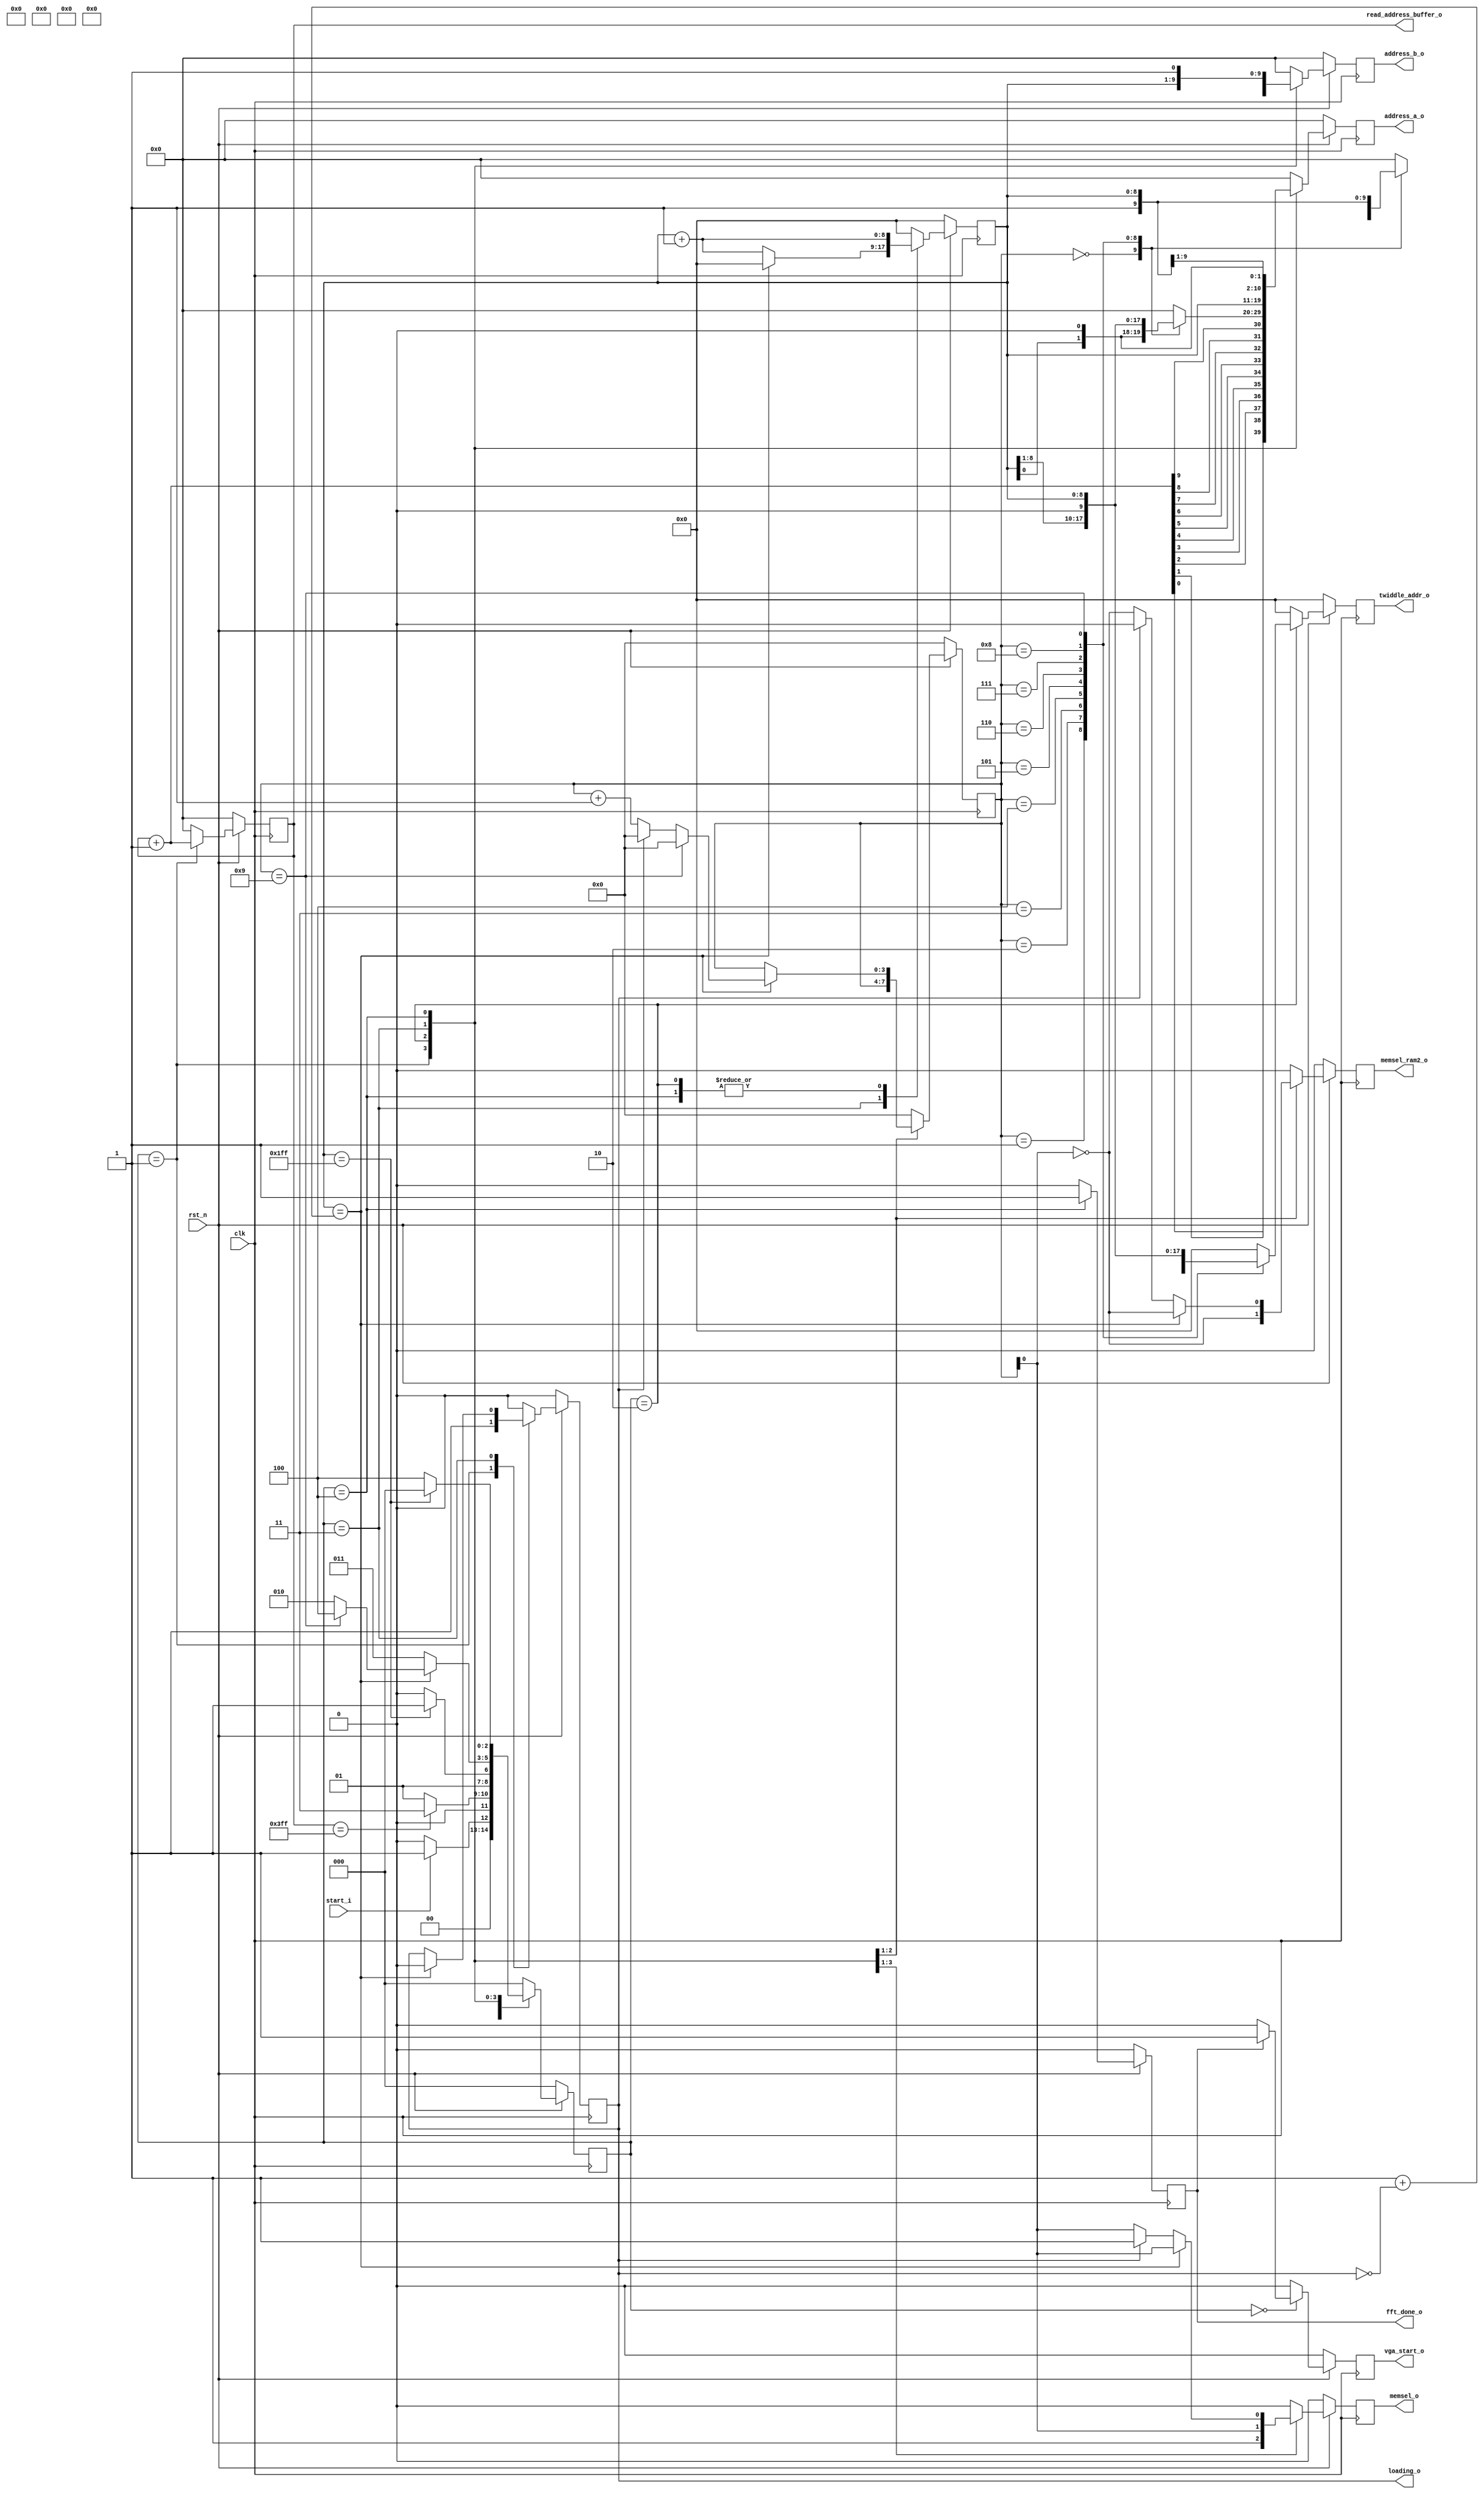
module addr_gen_unit(
    clk,
    rst_n,
	 start_i,
	 //enable,
    address_a_o,
    address_b_o,
	 memsel_o,
	 twiddle_addr_o,
	 read_address_buffer_o,
	 loading_o,
	 fft_done_o,
	 vga_start_o,
	 memsel_ram2_o // necessario per non avere violazioni di setup
);

// Definizioni degli stati
localparam s0 = 3'b000, LOAD = 3'b001, ADDRESS_GENERATION = 3'b010, WAIT = 3'b011, FFT_OUT = 3'b100;


//Ports definition
//input enable;
input clk;
input rst_n;
input start_i;
output reg memsel_o = 1'b0;
output reg loading_o = 1'b0;
output reg [8:0]twiddle_addr_o = 9'b0;
output reg [9:0]address_a_o = 10'b0;
output reg [9:0]address_b_o = 10'b1;
output reg [9:0]read_address_buffer_o = 10'b0;
output reg fft_done_o = 1'b0;
output reg vga_start_o = 1'b0;
output reg memsel_ram2_o = 1'b0;


//Private wires


//Private regs
reg [9:0]read_address_buffer_reg;
reg [9:0]address_a_reg;
reg [9:0]address_b_reg;
reg [8:0]twiddle_addr_reg = 9'b0;
reg loading_reg;
reg memsel_reg;
reg [2:0] sreg = s0;
reg [2:0] snext;
reg [8:0] jnext;
reg [3:0] inext;
reg [8:0] j = 9'b0;
reg [3:0] i = 4'b0;
reg fft_done_reg = 1'b0;
reg vga_start_reg = 1'b0;
reg memsel_ram2_reg = 1'b0;


//Private assignments


// Aggiornamento stato e contatori
always @(posedge clk) 
begin
	if(!rst_n) begin
		sreg <= s0;
		i <= 4'b0;
		j <= 9'b0;
	end else begin
		sreg <= snext;
		j <= jnext;
		i <= inext;
	end			
end


// Aggiornamento delle uscite
always @(posedge clk) 
begin
	if(!rst_n) begin
		address_a_o <= 10'b0;
		address_b_o <= 10'b0;
		read_address_buffer_o <= 10'b0;
		twiddle_addr_o <= 9'b0;
		memsel_o <= 1'b0;
		memsel_ram2_o <= 1'b0;
		loading_o <= 1'b0;
		fft_done_o <= 1'b0;
		vga_start_o <= 1'b0;
	end else begin
		address_a_o <= address_a_reg;
		address_b_o <= address_b_reg;
		read_address_buffer_o <= read_address_buffer_reg;
		twiddle_addr_o <= twiddle_addr_reg;
		memsel_o <= memsel_reg;
		memsel_ram2_o <= memsel_ram2_reg;
		loading_o <= loading_reg;
		fft_done_o <= fft_done_reg;
		vga_start_o <= vga_start_reg;
	end	
end


// RC stato futuro e uscite
always @ (sreg or j or i or start_i or twiddle_addr_o or read_address_buffer_o or loading_o or fft_done_o )
begin
	address_a_reg = 10'b0;
	fft_done_reg = 1'b0;
	vga_start_reg = 1'b0;
	
	case(sreg)
	
		s0 : begin
			if(fft_done_o) vga_start_reg = 1'b1; // genera l'impulso che fa partire il blocco VGA
			address_a_reg = 10'b0;
			address_b_reg = 10'b0;
			memsel_reg = 1'b0;
			memsel_ram2_reg = 1'b0;
			twiddle_addr_reg = 9'b0;
			jnext = 9'b0;
			inext = 4'b0;
			loading_reg = 1'b0;
			read_address_buffer_reg = 10'b0;
			if(start_i) snext = LOAD;
			else snext = s0;
		end
	
		LOAD : begin
			if(read_address_buffer_o == 10'd1023) snext = WAIT;
			else snext = LOAD;
			loading_reg = 1'b1;
			read_address_buffer_reg = read_address_buffer_o + 1'b1;
			memsel_reg = 1'b1; 
			memsel_ram2_reg = 1'b0;
			//bit reversal permutation, necessaria per avere campioni ordinati al termine della FFT
			address_a_reg[9:0] = {read_address_buffer_reg[0], read_address_buffer_reg[1], read_address_buffer_reg[2], read_address_buffer_reg[3], read_address_buffer_reg[4], read_address_buffer_reg[5], read_address_buffer_reg[6], read_address_buffer_reg[7], read_address_buffer_reg[8], read_address_buffer_reg[9]};
			address_b_reg = read_address_buffer_reg; /* lasciato cos per semplificare il tb. Per non avere problemi di scrittura allo stesso 
																	  indirizzo (in caso read_address_buffer sia simmetrico -> address_a = address_b) il wen_b 
																	  viene disattivato durante il loading */
			twiddle_addr_reg = 9'b0;
			jnext = 9'b0;
			inext = 4'b0;
		end
	
		ADDRESS_GENERATION : begin
			read_address_buffer_reg = 10'b0;
			loading_reg = 1'b0;
			jnext = j + 1'b1;
			inext = i;
			memsel_reg = i[0];
			memsel_ram2_reg = ~i[0];
			case (i) 											// calcolo delle terne {add_a, add_b, tw_add}
				0	: begin //N-1-i = 9 
					address_a_reg[9:0] = {j[8:0],1'b0}; // add_a = R_10(2j,i)
					address_b_reg[9:0] = {j[8:0],1'b1}; // add_b = R_10(2j+1,i)
					twiddle_addr_reg = 9'b0;            // tw_add si ottiene azzerando gli N-1-i bit meno significativi di j
					end
				1	: begin												
					address_a_reg[9:0] = {j[7:0],1'b0,j[8]}; 
					address_b_reg[9:0] = {j[7:0],1'b1,j[8]};
					twiddle_addr_reg = {j[8],8'b0};
					end
				2	: begin
					address_a_reg[9:0] = {j[6:0],1'b0,j[8:7]}; 
					address_b_reg[9:0] = {j[6:0],1'b1,j[8:7]};
					twiddle_addr_reg = {j[8:7],7'b0};
					end
				3	: begin
					address_a_reg[9:0] = {j[5:0],1'b0,j[8:6]};
					address_b_reg[9:0] = {j[5:0],1'b1,j[8:6]};
					twiddle_addr_reg = {j[8:6],6'b0};
					end
				4	: begin
					address_a_reg[9:0] = {j[4:0],1'b0,j[8:5]};
					address_b_reg[9:0] = {j[4:0],1'b1,j[8:5]};
					twiddle_addr_reg = {j[8:5],5'b0};
					end
				5	: begin
					address_a_reg[9:0] = {j[3:0],1'b0,j[8:4]};
					address_b_reg[9:0] = {j[3:0],1'b1,j[8:4]};
					twiddle_addr_reg = {j[8:4],4'b0};
					end
				6	: begin
					address_a_reg[9:0] = {j[2:0],1'b0,j[8:3]};
					address_b_reg[9:0] = {j[2:0],1'b1,j[8:3]};
					twiddle_addr_reg = {j[8:3],3'b0};
					end
				7	: begin
					address_a_reg[9:0] = {j[1:0],1'b0,j[8:2]};
					address_b_reg[9:0] = {j[1:0],1'b1,j[8:2]};
					twiddle_addr_reg = {j[8:2],2'b0};
					end
				8	: begin
					address_a_reg[9:0] = {j[0],1'b0,j[8:1]};
					address_b_reg[9:0] = {j[0],1'b1,j[8:1]};
					twiddle_addr_reg = {j[8:1],1'b0};
					end
				9	: begin
					address_a_reg[9:0] = {1'b0,j};
					address_b_reg[9:0] = {1'b1,j};
					twiddle_addr_reg = j;
					end
				default	: begin
					address_a_reg = 10'd0;
					address_b_reg = 10'd0;
					twiddle_addr_reg = 9'd0;
				end
			endcase
			if(j == 9'd511) snext = WAIT;
			else snext = ADDRESS_GENERATION;
		end

	
		WAIT : begin
			read_address_buffer_reg = 10'b0;
			if(loading_o) begin
				memsel_reg = 1'b1;
				memsel_ram2_reg = 1'b0;
			end else begin
				memsel_reg = i[0];
				memsel_ram2_reg = ~i[0];
			end
			address_a_reg = {j,1'b1}; // indirizzi scelti a caso
			address_b_reg = {j,1'b0}; // in questo modo add_a != add_b
			twiddle_addr_reg = 9'b0; 
			if(j == 9'd1 + (!loading_o)) begin // se si trova nello stato di loading, ha solo 2 cicli di clock di latenza, dovuti alla 
				jnext = 9'd0;						  // lettura dal buffer di ingresso. Durante la address generation, invece, ne ha 3: 2 per la
				loading_reg = 1'b0;				  // lettura dalle memorie e 1 per il moltiplicatore
				memsel_reg = i[0];
				memsel_ram2_reg = ~i[0];
				if(i == 4'd9) begin
					snext = FFT_OUT;
					inext = 4'b0;
				end else begin
					snext = ADDRESS_GENERATION;
					if(loading_o) inext = 4'b0;
					else inext = i + 1'b1;
				end
			end else begin
				snext = WAIT;
				jnext = j + 1'b1;
				inext = i;
				loading_reg = loading_o;
			end
		end
	
		FFT_OUT : begin
			fft_done_reg = 1'b1;
			address_a_reg = {j, 1'b0}; // indirizzi progressivi, prodotti due alla volta per dimezzare i cicli di clock
			address_b_reg = {j, 1'b1};
			jnext = j + 1'b1;
			read_address_buffer_reg = 10'b0;
			memsel_reg = 1'b0;
			memsel_ram2_reg = 1'b0;
			inext = 1'b0;
			loading_reg = 1'b0;
			twiddle_addr_reg = 9'b0;
			if(j == 9'd511) snext = s0;
			else snext = FFT_OUT;
		end
	
		default: begin
			read_address_buffer_reg = 10'b0;
			snext = s0;
			address_a_reg = 10'b0;
			address_b_reg = 10'b0;
			memsel_reg = 1'b0;
			memsel_ram2_reg = 1'b0;
			twiddle_addr_reg = 9'b0;
			jnext = 9'b0;
			inext = 4'b0;		
			loading_reg = 1'b0;
		end
	endcase 
end


endmodule